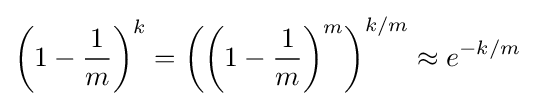
\left(1-{\frac {1}{m}}\right)^{k}=\left(\left(1-{\frac {1}{m}}\right)^{m}\right)^{k/m}\approx e^{-k/m}